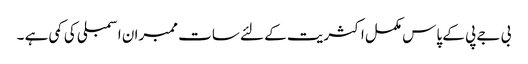
بی جے پی کے پاس مکمل اکثریت کے لئے سات ممبران اسمبلی کی کمی ہے ۔